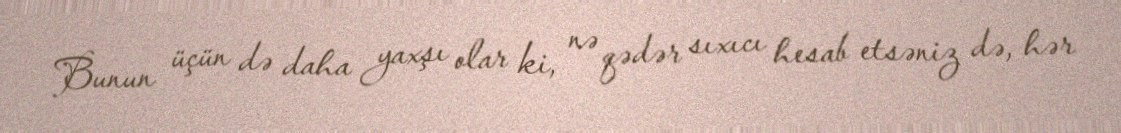
Bunun üçün də daha yaxşı olar ki, nə qədər sıxıcı hesab etsəniz də, hər